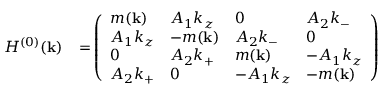
\begin{array} { r l } { { \cal H } ^ { ( 0 ) } ( { \bf k } ) } & { { } \! = \! \left( \begin{array} { l l l l } { m ( { \bf k } ) } & { A _ { 1 } k _ { z } } & { 0 } & { A _ { 2 } k _ { - } } \\ { A _ { 1 } k _ { z } } & { - m ( { \bf k } ) } & { A _ { 2 } k _ { - } } & { 0 } \\ { 0 } & { A _ { 2 } k _ { + } } & { m ( { \bf k } ) } & { - A _ { 1 } k _ { z } } \\ { A _ { 2 } k _ { + } } & { 0 } & { - A _ { 1 } k _ { z } } & { - m ( { \bf k } ) } \end{array} \right) } \end{array}